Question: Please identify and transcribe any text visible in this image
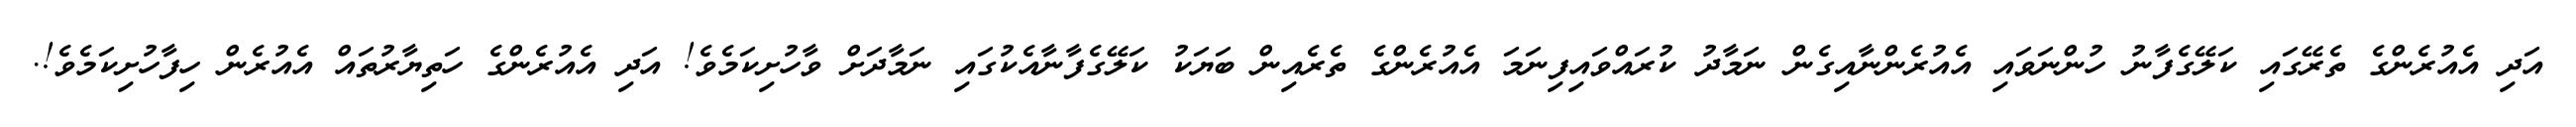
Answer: އަދި އެއުރެންގެ ތެރޭގައި ކަލޭގެފާނު ހުންނަވައި އެއުރެންނާއިގެން ނަމާދު ކުރައްވައިފިނަމަ އެއުރެންގެ ތެރެއިން ބަޔަކު ކަލޭގެފާނާއެކުގައި ނަމާދަށް ވާހުށިކަމެވެ! އަދި އެއުރެންގެ ހަތިޔާރުތައް އެއުރެން ހިފާހުށިކަމެވެ!.